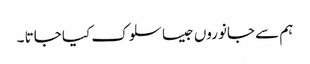
ہم سے جانوروں جیسا سلوک کیا جاتا ۔